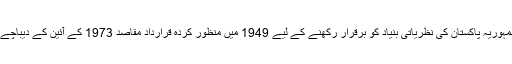
مثلاً اسلامی جمہوریہ پاکستان کی نظریاتی بنیاد کو برقرار رکھنے کے لیے 1949 میں منظور کردہ قراردادِ مقاصد 1973 کے آئین کے دیباچے کا حصہ ہے۔